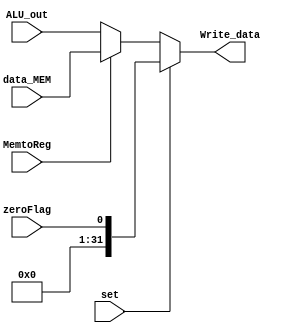
`timescale 1ns / 1ps

module Write_back(
    input wire MemtoReg,
    input wire [31:0] data_MEM,
    input wire [31:0] ALU_out,
    input zeroFlag,set,
    output reg [31:0] Write_data
    );

always @*
    if(set)
    Write_data =zeroFlag;
    else if (MemtoReg)
    Write_data =data_MEM;
    else
    Write_data =ALU_out;
//assign Write_data = (MemtoReg) ? data_MEM : ALU_out;

endmodule